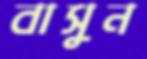
বাসুন